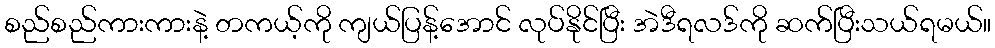
စည်စည်ကားကားနဲ့ တကယ့်ကို ကျယ်ပြန့်အောင် လုပ်နိုင်ပြီး အဲဒီရလဒ်ကို ဆက်ပြီးသယ်ရမယ်။